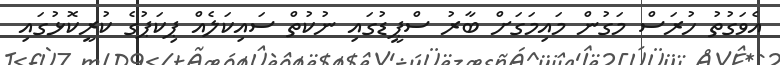
އެވަގުތު ހުރަސް މަގުން މައިމަގަށް ބާރު ސްޕީޑުގައި ނުކުތް ސައިކަލެއް ޕިކަޕުގެ ކުރީކޮޅުގައި